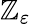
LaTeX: \mathbb{Z}_{\varepsilon}